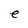
Character: e